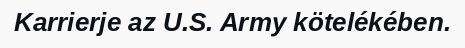
Karrierje az U.S. Army kötelékében.